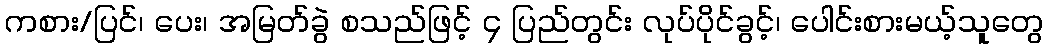
ကစား/ပြင်၊ ပေး၊ အမြတ်ခွဲ စသည်ဖြင့် ၄ ပြည်တွင်း လုပ်ပိုင်ခွင့်၊ ပေါင်းစားမယ့်သူတွေ